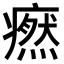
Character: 𤺱